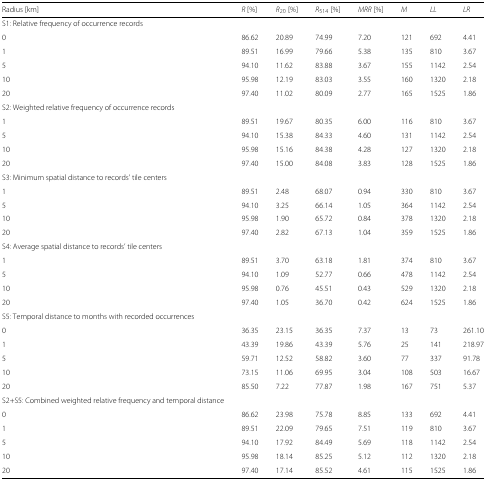
<table><thead><tr><td><b>Radius [km]</b></td><td><b><i>R</i> [%]</b></td><td><b><i>R</i><sub>20</sub> [%]</b></td><td><b><i>R</i><sub>514</sub> [%]</b></td><td><b><i>MRR</i> [%]</b></td><td><b><i>M</i></b></td><td><b><i>LL</i></b></td><td><b><i>LR</i></b></td></tr></thead><tbody><tr><td>S1: Relative frequency of occurrence records</td><td></td><td></td><td></td><td></td><td></td><td></td><td></td></tr><tr><td>0</td><td>86.62</td><td>20.89</td><td>74.99</td><td>7.20</td><td>121</td><td>692</td><td>4.41</td></tr><tr><td>1</td><td>89.51</td><td>16.99</td><td>79.66</td><td>5.38</td><td>135</td><td>810</td><td>3.67</td></tr><tr><td>5</td><td>94.10</td><td>11.62</td><td>83.88</td><td>3.67</td><td>155</td><td>1142</td><td>2.54</td></tr><tr><td>10</td><td>95.98</td><td>12.19</td><td>83.03</td><td>3.55</td><td>160</td><td>1320</td><td>2.18</td></tr><tr><td>20</td><td>97.40</td><td>11.02</td><td>80.09</td><td>2.77</td><td>165</td><td>1525</td><td>1.86</td></tr><tr><td>S2: Weighted relative frequency of occurrence records</td><td></td><td></td><td></td><td></td><td></td><td></td><td></td></tr><tr><td>1</td><td>89.51</td><td>19.67</td><td>80.35</td><td>6.00</td><td>116</td><td>810</td><td>3.67</td></tr><tr><td>5</td><td>94.10</td><td>15.38</td><td>84.33</td><td>4.60</td><td>131</td><td>1142</td><td>2.54</td></tr><tr><td>10</td><td>95.98</td><td>15.16</td><td>84.38</td><td>4.28</td><td>127</td><td>1320</td><td>2.18</td></tr><tr><td>20</td><td>97.40</td><td>15.00</td><td>84.08</td><td>3.83</td><td>128</td><td>1525</td><td>1.86</td></tr><tr><td>S3: Minimum spatial distance to records’ tile centers</td><td></td><td></td><td></td><td></td><td></td><td></td><td></td></tr><tr><td>1</td><td>89.51</td><td>2.48</td><td>68.07</td><td>0.94</td><td>330</td><td>810</td><td>3.67</td></tr><tr><td>5</td><td>94.10</td><td>3.25</td><td>66.14</td><td>1.05</td><td>364</td><td>1142</td><td>2.54</td></tr><tr><td>10</td><td>95.98</td><td>1.90</td><td>65.72</td><td>0.84</td><td>378</td><td>1320</td><td>2.18</td></tr><tr><td>20</td><td>97.40</td><td>2.82</td><td>67.13</td><td>1.04</td><td>359</td><td>1525</td><td>1.86</td></tr><tr><td>S4: Average spatial distance to records’ tile centers</td><td></td><td></td><td></td><td></td><td></td><td></td><td></td></tr><tr><td>1</td><td>89.51</td><td>3.70</td><td>63.18</td><td>1.81</td><td>374</td><td>810</td><td>3.67</td></tr><tr><td>5</td><td>94.10</td><td>1.09</td><td>52.77</td><td>0.66</td><td>478</td><td>1142</td><td>2.54</td></tr><tr><td>10</td><td>95.98</td><td>0.76</td><td>45.51</td><td>0.43</td><td>529</td><td>1320</td><td>2.18</td></tr><tr><td>20</td><td>97.40</td><td>1.05</td><td>36.70</td><td>0.42</td><td>624</td><td>1525</td><td>1.86</td></tr><tr><td>S5: Temporal distance to months with recorded occurrences</td><td></td><td></td><td></td><td></td><td></td><td></td><td></td></tr><tr><td>0</td><td>36.35</td><td>23.15</td><td>36.35</td><td>7.37</td><td>13</td><td>73</td><td>261.10</td></tr><tr><td>1</td><td>43.39</td><td>19.86</td><td>43.39</td><td>5.76</td><td>25</td><td>141</td><td>218.97</td></tr><tr><td>5</td><td>59.71</td><td>12.52</td><td>58.82</td><td>3.60</td><td>77</td><td>337</td><td>91.78</td></tr><tr><td>10</td><td>73.15</td><td>11.06</td><td>69.95</td><td>3.04</td><td>108</td><td>503</td><td>16.67</td></tr><tr><td>20</td><td>85.50</td><td>7.22</td><td>77.87</td><td>1.98</td><td>167</td><td>751</td><td>5.37</td></tr><tr><td>S2+S5: Combined weighted relative frequency and temporal distance</td><td></td><td></td><td></td><td></td><td></td><td></td><td></td></tr><tr><td>0</td><td>86.62</td><td>23.98</td><td>75.78</td><td>8.85</td><td>133</td><td>692</td><td>4.41</td></tr><tr><td>1</td><td>89.51</td><td>22.09</td><td>79.65</td><td>7.51</td><td>119</td><td>810</td><td>3.67</td></tr><tr><td>5</td><td>94.10</td><td>17.92</td><td>84.49</td><td>5.69</td><td>118</td><td>1142</td><td>2.54</td></tr><tr><td>10</td><td>95.98</td><td>18.14</td><td>85.25</td><td>5.12</td><td>112</td><td>1320</td><td>2.18</td></tr><tr><td>20</td><td>97.40</td><td>17.14</td><td>85.52</td><td>4.61</td><td>115</td><td>1525</td><td>1.86</td></tr></tbody></table>